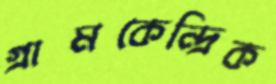
গ্রামকেন্দ্রিক